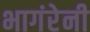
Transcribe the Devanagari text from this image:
भागंरेनी